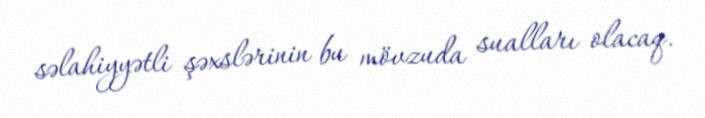
səlahiyyətli şəxslərinin bu mövzuda sualları olacaq.